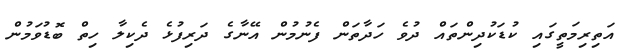
އަތިރިމަތީގައި ކުޑަކުދިންތައް ދުވެ ހަދާތަން ފެނުމުން އޭނާގެ ދަރިފުޅެ ދެކިލާ ހިތް ބޮޑުވަމުން